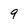
Character: 9